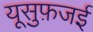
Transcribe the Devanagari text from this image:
यूसुफ़जई